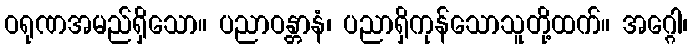
ဝရုဏအမည်ရှိသော။ ပညာဝန္တာနံ၊ ပညာရှိကုန်သောသူတို့ထက်။ အဂ္ဂေါ၊